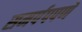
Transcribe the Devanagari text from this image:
समर्पपपणे